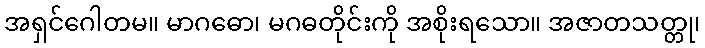
အရှင်ဂေါတမ။ မာဂဓော၊ မဂဓတိုင်းကို အစိုးရသော။ အဇာတသတ္တု၊